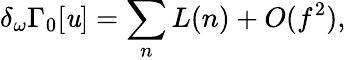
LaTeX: \delta_{\omega}\Gamma_{0}[\mathit{u}]=\sum_{n}L(n)+O(f^{2}),